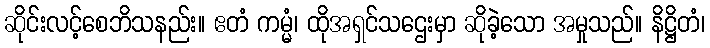
ဆိုင်းလင့်စေဘိသနည်း။ ဧတံ ကမ္မံ၊ ထိုအရှင်သဌေးမှာ ဆိုခဲ့သော အမှုသည်။ နိဋ္ဌိတံ၊